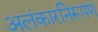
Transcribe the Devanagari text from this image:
अलंकारनिरूपण